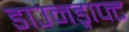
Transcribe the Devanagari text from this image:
डाउनड्राफ्ट